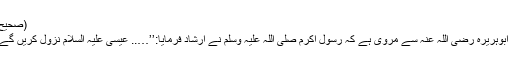
(صحیح بخاری؍2925، صحیح مسلم؍2933)
عیسیٰ علیہ السلام کا دجال کو قتل کرنا: ابوہریرہ رضی اللہ عنہ سے مروی ہے کہ رسول اکرم صلی اللہ علیہ وسلم نے ارشاد فرمایا:’’….. عیسیٰ علیہ السلام نزول کریں گے اور مسلمانوں کی امامت فرمائیں گے۔